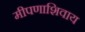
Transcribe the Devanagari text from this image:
मीपणाशिवाय